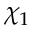
\chi _ { 1 }